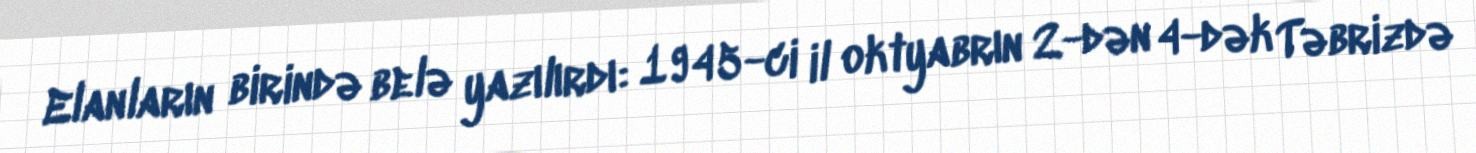
Elanların birində belə yazılırdı: 1945-ci il oktyabrın 2-dən 4-dək Təbrizdə